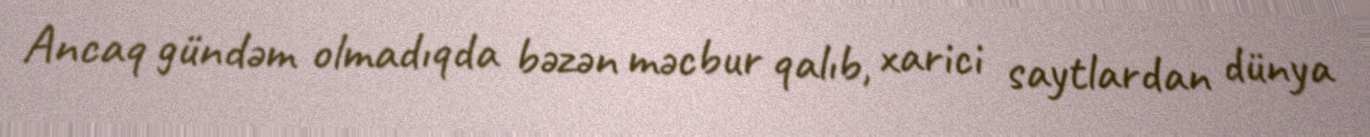
Ancaq gündəm olmadıqda bəzən məcbur qalıb, xarici saytlardan dünya